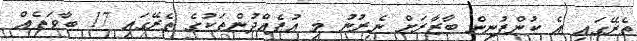
ތެރޭގައި އެ ކުންފުނިން ބާޒާރަށް ނެރުނު މި އުފެއްދުންތަކުގެ ތެރޭގައި 17 ބާވަތެއް